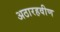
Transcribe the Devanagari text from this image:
अठारहवीण